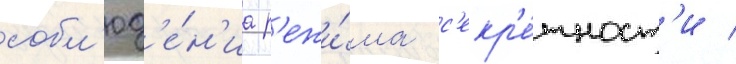
собл'юд'е́н'иа р'ежи́ма с'екр'е́тност'и /